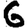
Digit: 6